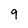
Character: 9